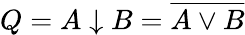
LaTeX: Q=A\downarrow B=\overline{{A\vee B}}